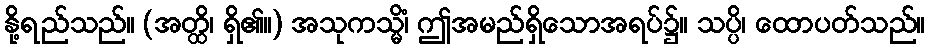
နို့ရည်သည်။ (အတ္ထိ၊ ရှိ၏။) အသုကသ္မိံ၊ ဤအမည်ရှိသောအရပ်၌။ သပ္ပိ၊ ထောပတ်သည်။